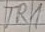
Text: TR1